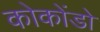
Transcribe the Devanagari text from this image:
कोकोंडो